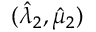
( \hat { \lambda } _ { 2 } , \hat { \mu } _ { 2 } )